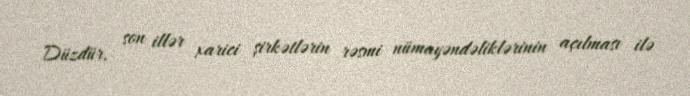
Düzdür, son illər xarici şirkətlərin rəsmi nümayəndəliklərinin açılması ilə